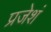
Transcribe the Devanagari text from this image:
प्रजेशं